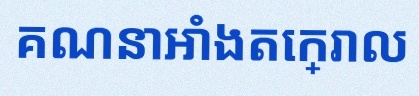
គណនាអាំងតេក្រាល